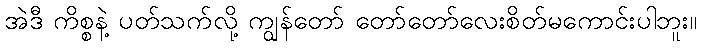
အဲဒီ ကိစ္စနဲ့ ပတ်သက်လို့ ကျွန်တော် တော်တော်လေးစိတ်မကောင်းပါဘူး။